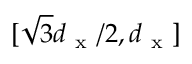
[ \sqrt { 3 } d _ { \mathrm { ~ x ~ } } / 2 , d _ { \mathrm { ~ x ~ } } ]